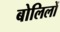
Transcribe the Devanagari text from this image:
बोलिलों